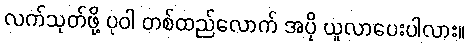
လက်သုတ်ဖို့ ပုဝါ တစ်ထည်လောက် အပို ယူလာပေးပါလား။